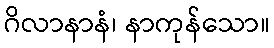
ဂိလာနာနံ၊ နာကုန်သော။